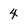
Character: 4